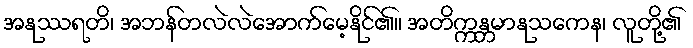
အနုဿရတိ၊ အဘန်တလဲလဲအောက်မေ့နိုင်၏။ အတိက္ကန္တမာနုသကေန၊ လူတို့၏